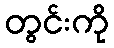
တွင်းကို